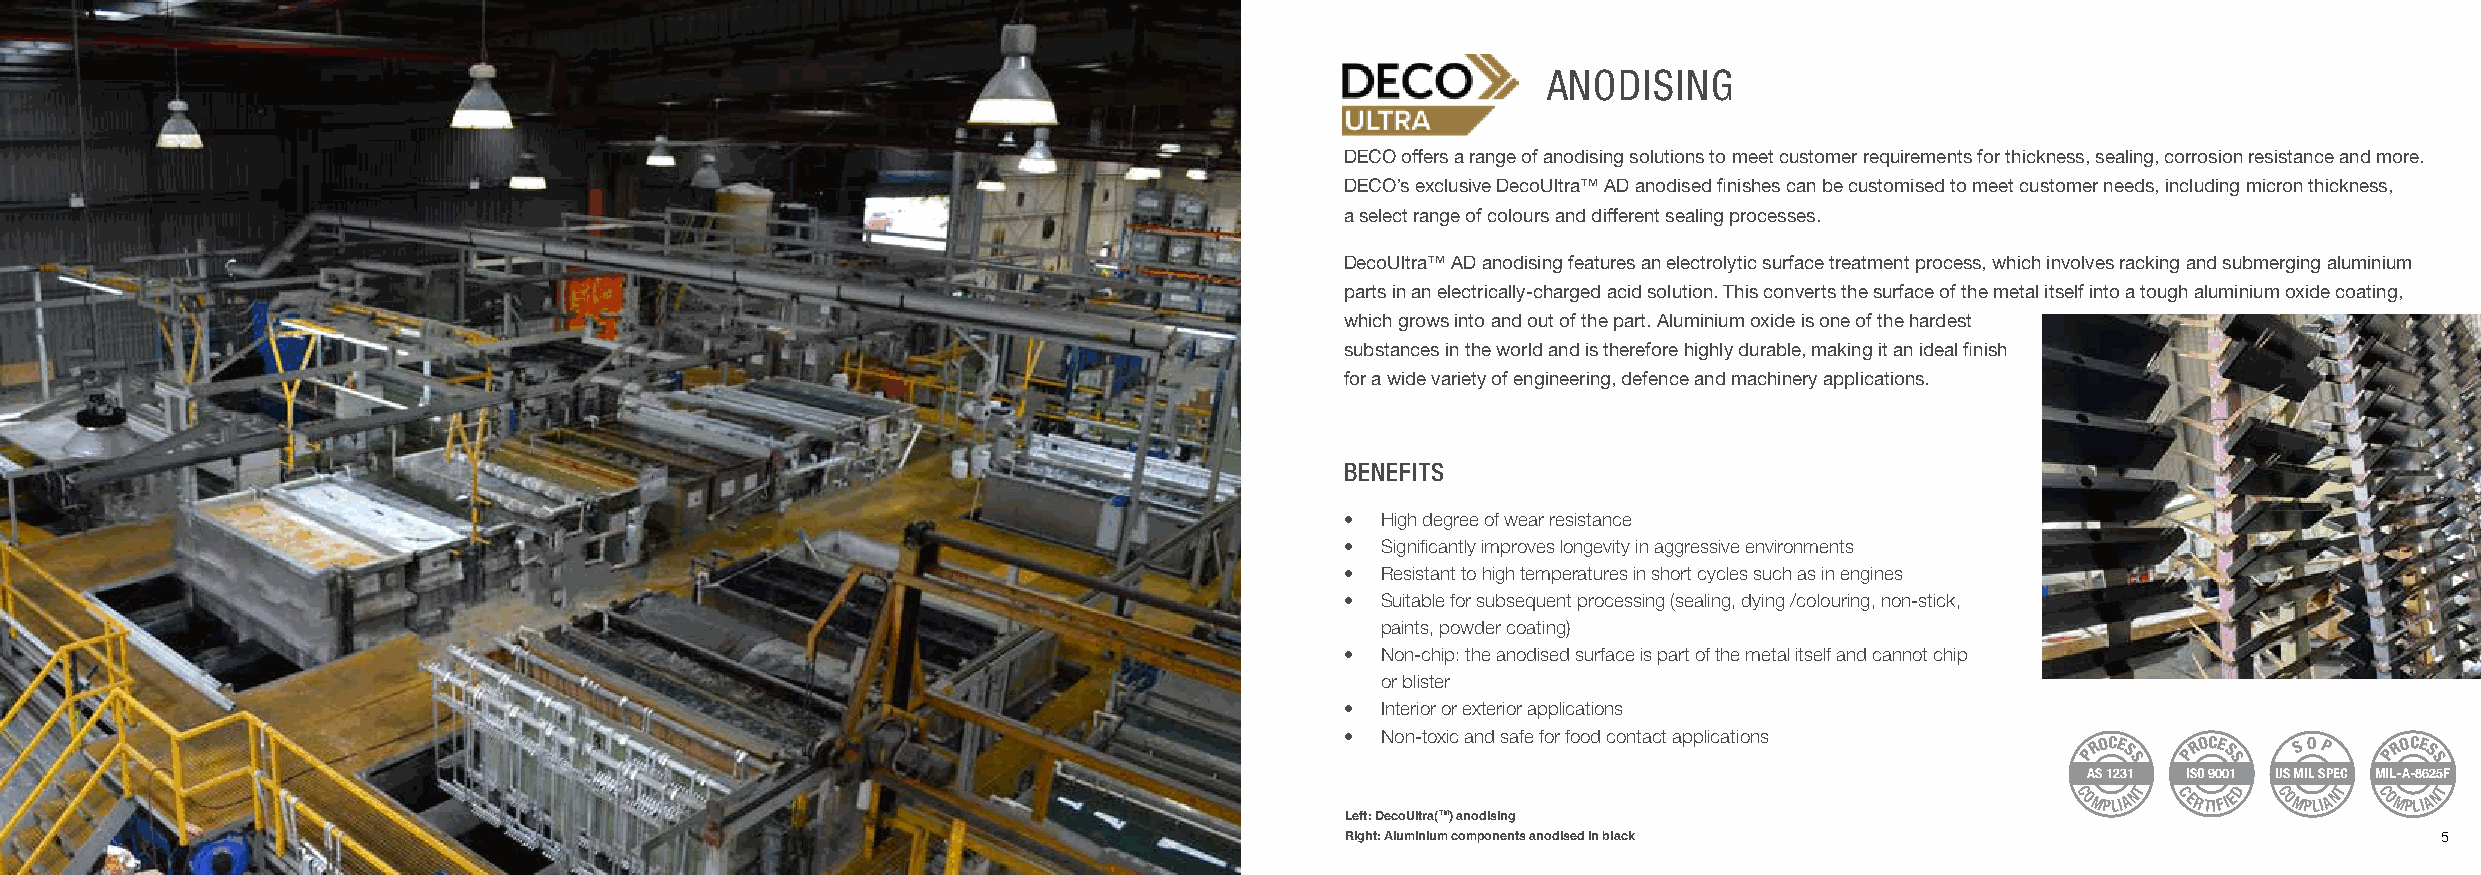
ANODISING
 DECO offers a range of anodising solutions to meet customer requirements for thickness, sealing, corrosion resistance and more.
 DECO’s exclusive DecoUltra™ AD anodised finishes can be customised to meet customer needs, including micron thickness,
 a select range of colours and different sealing processes.
 DecoUltra™ AD anodising features an electrolytic surface treatment process, which involves racking and submerging aluminium
 parts in an electrically-charged acid solution. This converts the surface of the metal itself into a tough aluminium oxide coating,
 which grows into and out of the part. Aluminium oxide is one of the hardest
 substances in the world and is therefore highly durable, making it an ideal finish
 for a wide variety of engineering, defence and machinery applications.
 BENEFITS
 • High degree of wear resistance
 • Significantly improves longevity in aggressive environments
 • Resistant to high temperatures in short cycles such as in engines
 • Suitable for subsequent processing (sealing, dying /colouring, non-stick,
 paints, powder coating)
 • Non-chip: the anodised surface is part of the metal itself and cannot chip
 or blister
 • Interior or exterior applications
 • Non-toxic and safe for food contact applications
 PROCE S PROCE S S O P PROCE S
 S     S             S
 AS 1231 ISO 9001 US MIL SPEC MIL-A-8625F
 COMPLIANT CERTIFIED COMPLIANT COMPLIANT
 Left: DecoUltra(TM) anodising
 4                                                                                      Right: Aluminium components anodised in black                            5